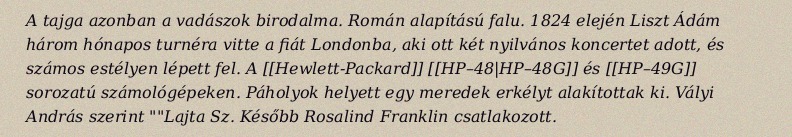
A tajga azonban a vadászok birodalma. Román alapítású falu. 1824 elején Liszt Ádám három hónapos turnéra vitte a fiát Londonba, aki ott két nyilvános koncertet adott, és számos estélyen lépett fel. A [[Hewlett-Packard]] [[HP–48|HP–48G]] és [[HP–49G]] sorozatú számológépeken. Páholyok helyett egy meredek erkélyt alakítottak ki. Vályi András szerint ""Lajta Sz. Később Rosalind Franklin csatlakozott.